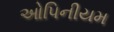
ઓપિનીયમ